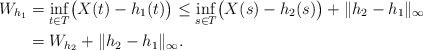
\begin{align*} W_{h_{1}}&=\inf_{t\in T}\bigl(X(t) - h_{1}(t)\bigr) \le \inf_{s\in T}\bigl(X(s) - h_{2}(s)\bigr)+\|h_{2} - h_{1}\|_{\infty}\\&=W_{h_{2}} +\|h_{2}-h_{1}\|_{\infty}.\end{align*}